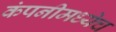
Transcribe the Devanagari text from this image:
कंपनीमध्येच